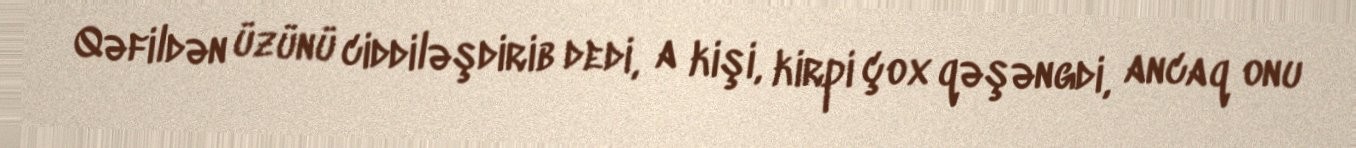
Qəfildən üzünü ciddiləşdirib dedi, a kişi, kirpi çox qəşəngdi, ancaq onu